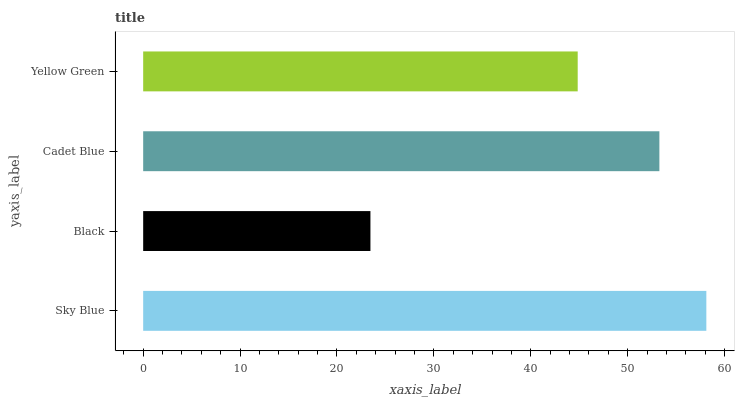
| yaxis_label | bars |
 | --- | --- |
 | Sky Blue | 58.1 |
 | Black | 23.5 |
 | Cadet Blue | 53.3 |
 | Yellow Green | 44.8 |